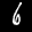
Label: 6